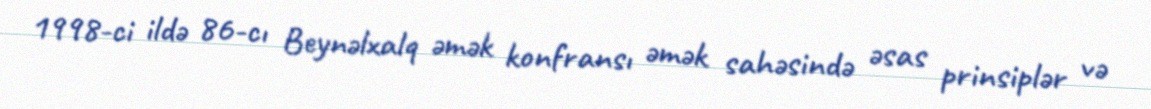
1998-ci ildə 86-cı Beynəlxalq əmək konfransı əmək sahəsində əsas prinsiplər və